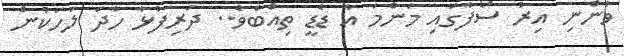
ވެންނި އިރު ސޯފާގައި މަންމަ އާ ޑެޑީ ތިއްބެވެ.. ދަރިފުޅާ ހާދަ ލަހަކުން